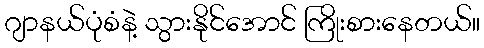
ဂျာနယ်ပုံစံနဲ့ သွားနိုင်အောင် ကြိုးစားနေတယ်။